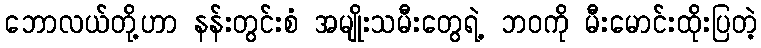
ဘောလယ်တို့ဟာ နန်းတွင်းစံ အမျိုးသမီးတွေရဲ့ ဘဝကို မီးမောင်းထိုးပြတဲ့